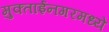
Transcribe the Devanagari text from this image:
मुक्ताईनगरमध्ये